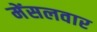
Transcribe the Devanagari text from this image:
मेंसलवार